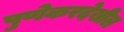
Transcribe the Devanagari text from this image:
पुणेकरदेखील